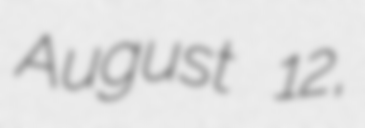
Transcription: August 12,